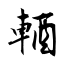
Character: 輏